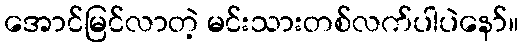
အောင်မြင်လာတဲ့ မင်းသားတစ်လက်ပါပဲနော်။